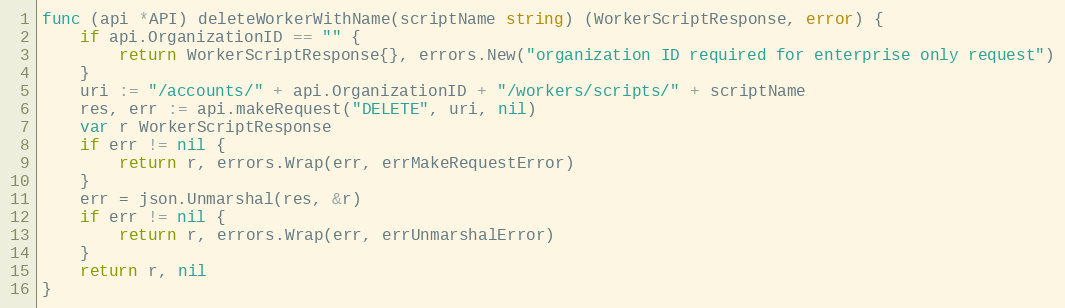
Language: Go
func (api *API) deleteWorkerWithName(scriptName string) (WorkerScriptResponse, error) {
	if api.OrganizationID == "" {
		return WorkerScriptResponse{}, errors.New("organization ID required for enterprise only request")
	}
	uri := "/accounts/" + api.OrganizationID + "/workers/scripts/" + scriptName
	res, err := api.makeRequest("DELETE", uri, nil)
	var r WorkerScriptResponse
	if err != nil {
		return r, errors.Wrap(err, errMakeRequestError)
	}
	err = json.Unmarshal(res, &r)
	if err != nil {
		return r, errors.Wrap(err, errUnmarshalError)
	}
	return r, nil
}